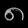
Digit: ၈